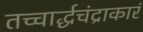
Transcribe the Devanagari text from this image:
तच्चार्द्धचंद्राकारं